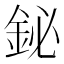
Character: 鉍